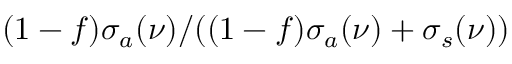
( 1 - f ) \sigma _ { a } ( \nu ) / ( ( 1 - f ) \sigma _ { a } ( \nu ) + \sigma _ { s } ( \nu ) )